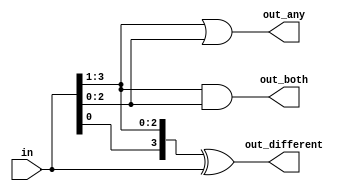
//2022_10_31 kerong
//Gates and vectors
module top_module( 
    input [3:0] in,
    output [2:0] out_both,
    output [3:1] out_any,
    output [3:0] out_different );

assign out_both = in[3:1] & in[2:0];
assign out_any  = in[3:1] | in[2:0];
assign out_different = {in[0],in[3:1]} ^ in[3:0];

endmodule